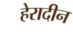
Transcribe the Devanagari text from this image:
हेरादीन